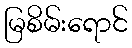
မြစိမ်းရောင်